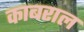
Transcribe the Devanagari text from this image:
काबराल